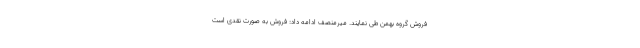
فروش گروه بهمن طی نمایند. میرمنصف ادامه داد: فروش به صورت نقدی است